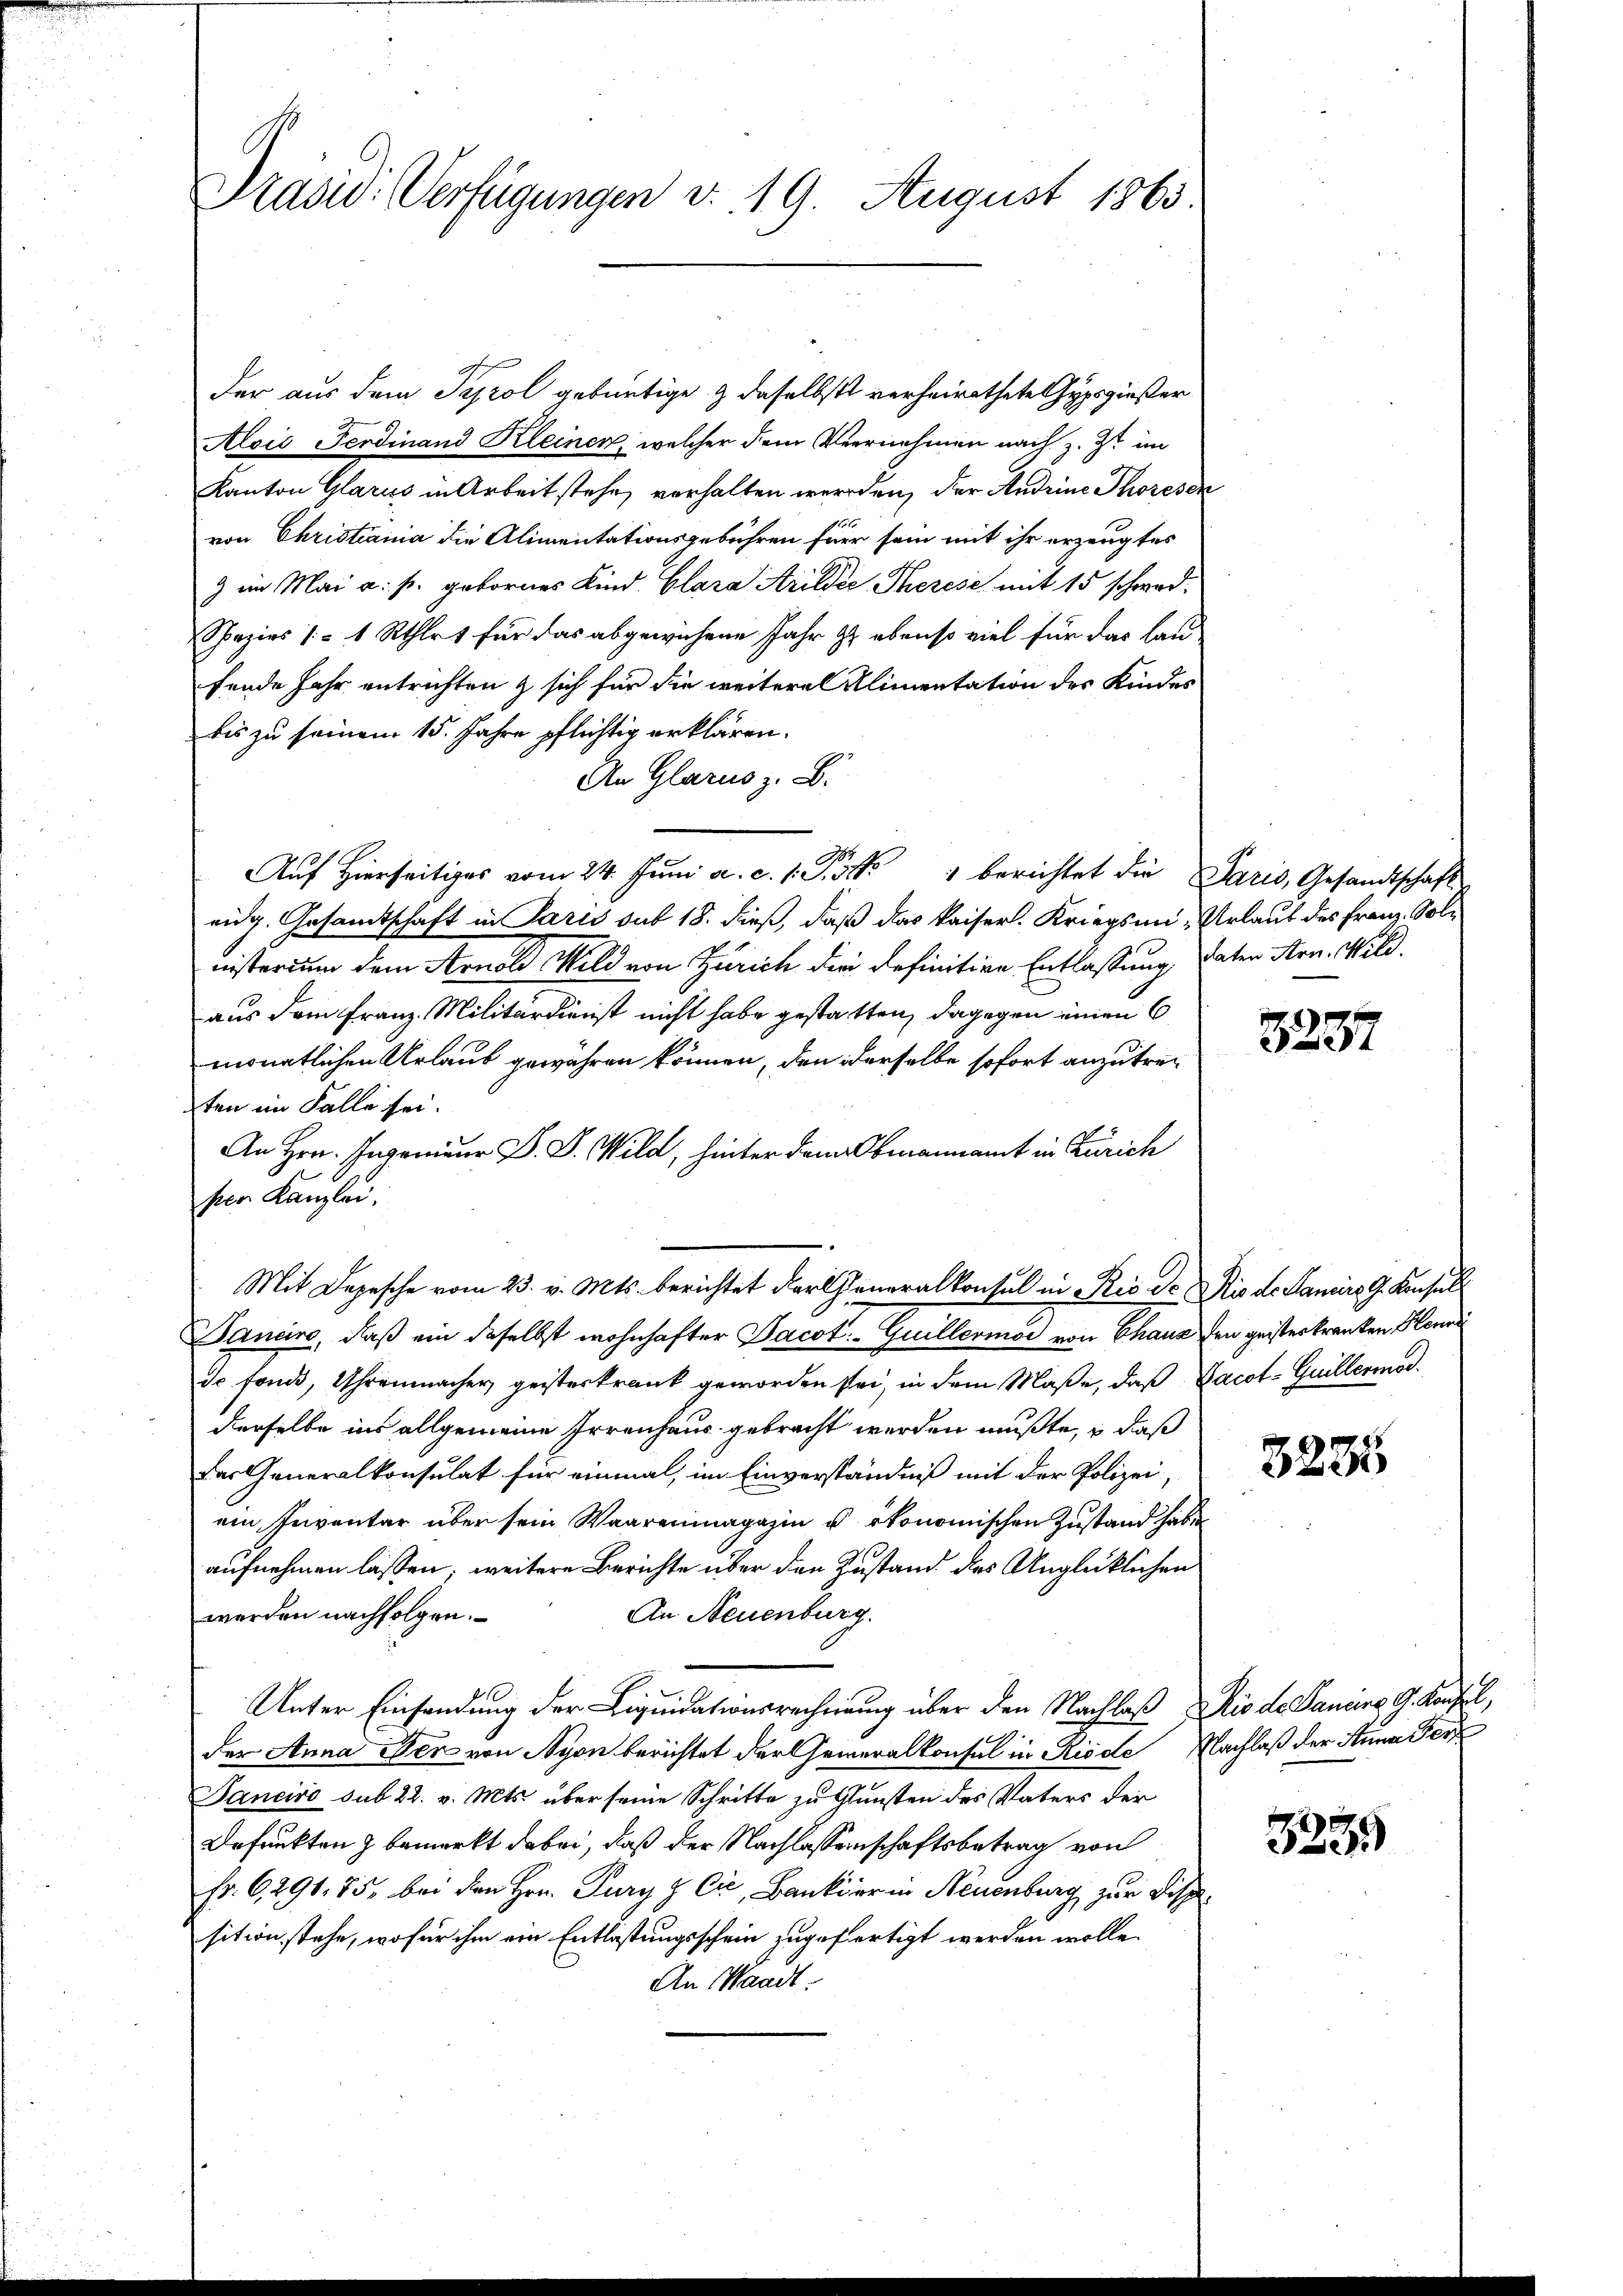
Prärd. Verfügungen d. 19. August 1863

der aus dem Tyrol gebürtige & daselbst verheirathete Gypsgießer
Alois Ferdinand Kleinen, welcher dem Vernehmen nach z. Zt. im
Kanton Glarus in Arbeit stehe, verhalten werden, der Andrine Thoresen
von Christiania die Alimentationsgebühren für sein mit ihr erzeugtes
) im Mai a. p. gebornes Kind. Clara Arilder Therese mit 15 schwad¬
Spazier (= 1 Rthlet für das abgewiesene Jahr zu ebenso viel für das laufende Jahr entrichten & sich für die weitere Alimentation des Kindes
bis zu seinem 15. Jahre pflichtig erklären.
An Glarus z. B.
Auf Hierseitiges vom 24. Juni a. c. s. S. 31. berichtet die Paris, Gesandtschaft
eig. Gesamtschaft in Paris sub 18. dieß, daß das kaiserl. Kriegsmi- Urlaut des Franz, Solnisterium dem Arnold Mild von Zürich die definitive Entlassung, daten Arn. Wild.
aus dem Franz-Militärdienst nicht habe gestatten, dagegen einen 6
monatlichen Urlaub gewahren können, den derselbe sofort anzutreten im Falle sei.
An Hrn. Ingenieur D. P. Wild, hinter dem Obmannamt in Zürich
ser Kanzlei.
Mit Depesche vom 23. v. Mts. berichtet der Generalkonsul in Rio de Nis de Lanire G. Konsul
Pancire, daß ein daselbst wohnhafter Jacot. - Guillermor von Chaus den geisteskranken Henni
de fonds, Uhrenmacher geisterkrank geworden sei, in dem Maße, daß Jacot-Guillermodderselbe ins allgemeine Irrenhaus gebracht werden mußte, daß
Das Generalkonsulat für einmal, im Einverständniß mit der Polizei,
ein Inventar über sein Waarenmagazin u. ökonomischen Zustand habe
aufnehmen lassen; weitere Berichte über den Zustand des Unglücklichen
An Neuenburg.
werden nachfolgen.
Unter Einsendung der Liquidationsrechnung über den Nachlaß Rio de Dauere G. Kaufel,
der Anna oder von Nyon berichtet der Generalkonsul in Riode Nachlaß der Anna Fer
Janeiro sub. 22. v. Mts. über seine Schritte zu Gunsten des Vaters der
Befunkten & bemerkt dabei, daß der Nachlassenschaftsbetrag von
Fr. 6,291. 75, bei den Hrn. Pury & Cie, Bankier in Neuenburg zur Disp
sition stehe, wofür ihm ein Entlastungsschein zugefertigt werden wolle.
An Waadt.

3237

3235

323